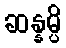
ဆန္နမ္ပိ